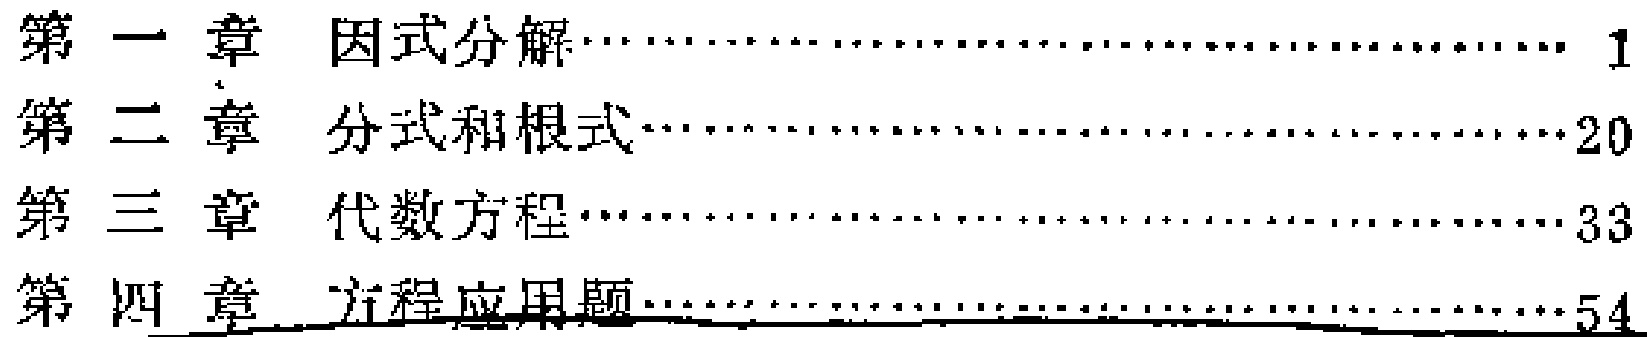
\begin{enumerate}

\item 第一章 因式分解\hfill 1

\item 第二章 分式和根式\hfill 20

\item 第三章 代数方程\hfill 33

\item 第四章 方程应用题\hfill 54

\end{enumerate}